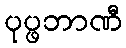
ပုပ္ဖဘာဏီ